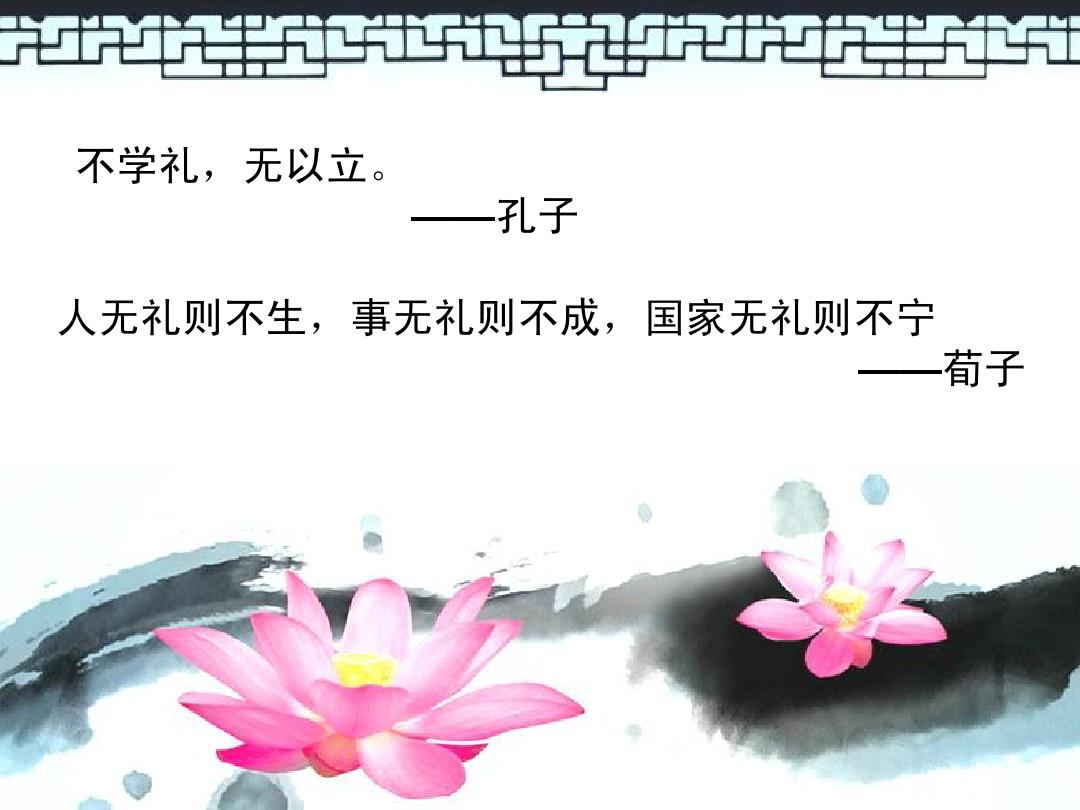
人无礼则不生，事无礼则不成，国家无礼则不宁。